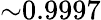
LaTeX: {\sim}0.9997